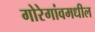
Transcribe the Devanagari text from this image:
गोरेगांवमधील